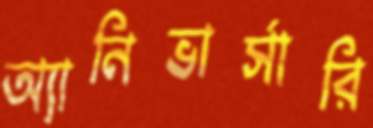
অ্যানিভার্সারি